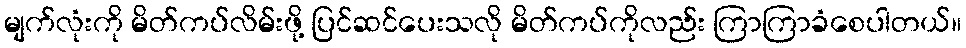
မျက်လုံးကို မိတ်ကပ်လိမ်းဖို့ ပြင်ဆင်ပေးသလို မိတ်ကပ်ကိုလည်း ကြာကြာခံစေပါတယ်။